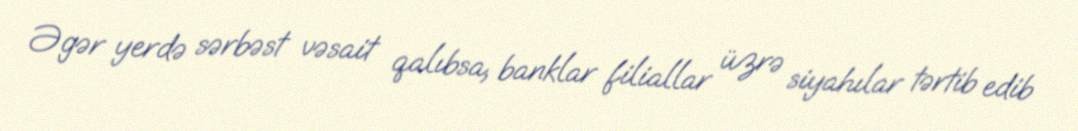
Əgər yerdə sərbəst vəsait qalıbsa, banklar filiallar üzrə siyahılar tərtib edib